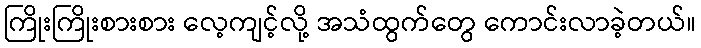
ကြိုးကြိုးစားစား လေ့ကျင့်လို့ အသံထွက်တွေ ကောင်းလာခဲ့တယ်။